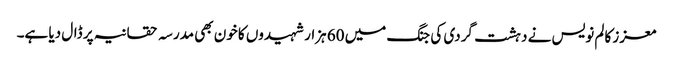
معزز کالم نویس نے دہشت گردی کی جنگ میں 60 ہزار شہیدوں کا خون بھی مدرسہ حقانیہ پر ڈال دیا ہے۔